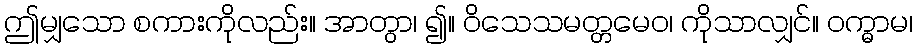
ဤမျှသော စကားကိုလည်း။ အာတွာ၊ ၍။ ဝိသေသမတ္တမေဝ၊ ကိုသာလျှင်။ ဝက္ဓာမ၊